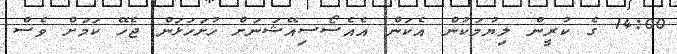
14:00 ގެ ކުރީން ލިޔުމަކުން އެކަން އެއެސޯސިއޭޝަނަށް ހުށަހަޅަން ޖެހޭ ކަމަށް ވެސް